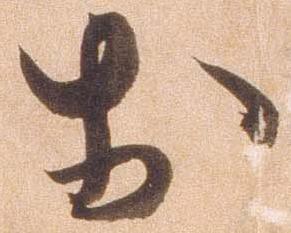
お